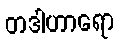
တဒါဟာရော